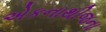
એકનાથીજના